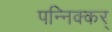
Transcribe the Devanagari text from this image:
पन्निक्कर्